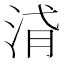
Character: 浳